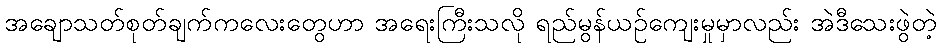
အချောသတ်စုတ်ချက်ကလေးတွေဟာ အရေးကြီးသလို ရည်မွန်ယဉ်ကျေးမှုမှာလည်း အဲဒီသေးဖွဲတဲ့